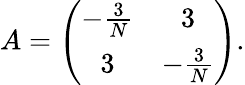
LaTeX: A=\left(\begin{array}{cc}{{-{\frac{3}{N}}}}&{{3}}\\ {{3}}&{{-{\frac{3}{N}}}}\end{array}\right).